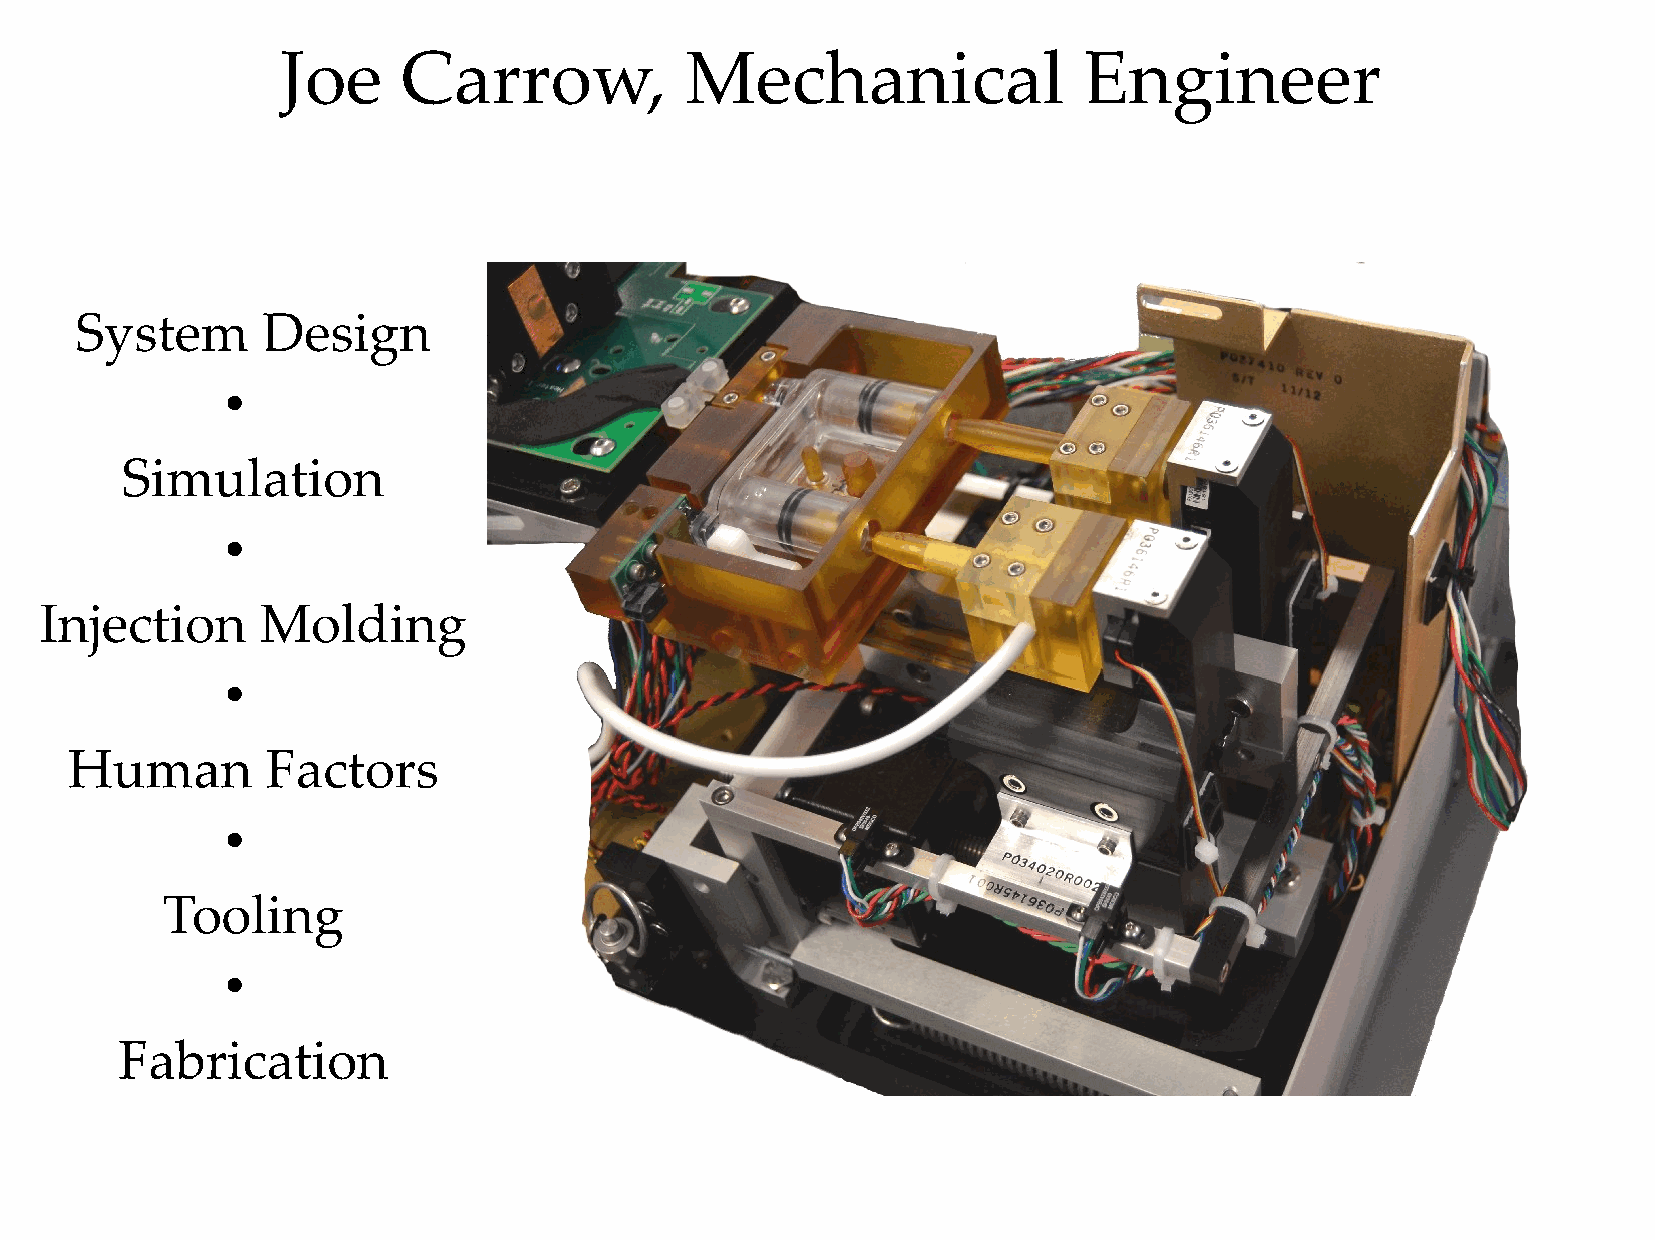
Joe     Carrow,           Mechanical                 Engineer
 System      Design
 ●
 Simulation
 ●
 Injection     Molding
 ●
 Human         Factors
 ●
 Tooling
 ●
 Fabrication